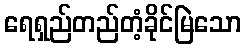
ရေရှည်တည်တံ့ခိုင်မြဲသော